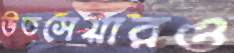
উতসেয়ারও